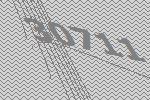
30711